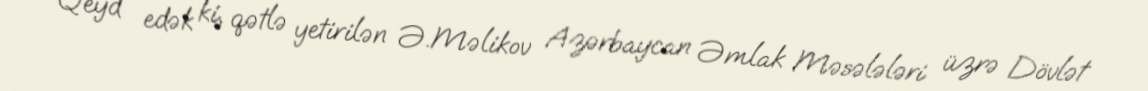
Qeyd edək ki, qətlə yetirilən Ə.Məlikov Azərbaycan Əmlak Məsələləri üzrə Dövlət